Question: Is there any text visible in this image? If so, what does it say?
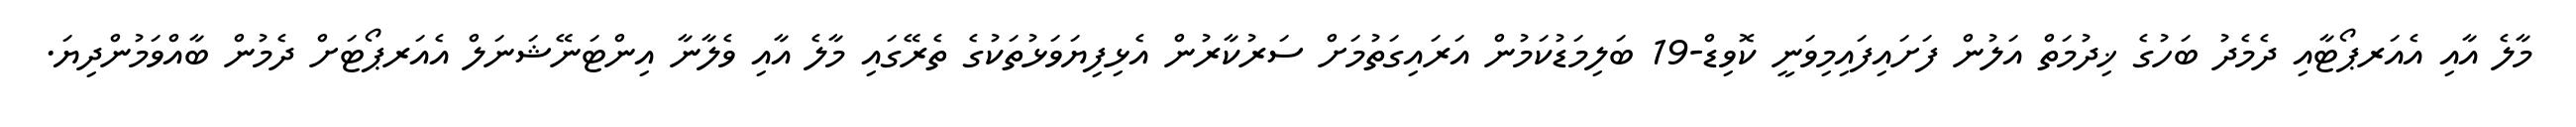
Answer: މާލެ އާއި އެއަރޕޯޓާއި ދެމެދު ބަހުގެ ޚިދުމަތް އަލުން ފަށައިފައިމިވަނީ ކޮވިޑް-19 ބަލިމަޑުކަމުން އަރައިގަތުމަށް ސަރުކާރުން އެޅިފިޔަވަޅުތަކުގެ ތެރޭގައި މާލެ އާއި ވެލާނާ އިންޓަނޭޝަނަލް އެއަރޕޯޓަށް ދެމުން ބާއްވަމުންދިޔަ.